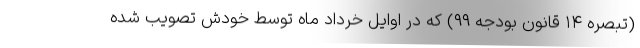
(تبصره ۱۴ قانون بودجه ۹۹) که در اوایل خرداد ماه توسط خودش تصویب شده